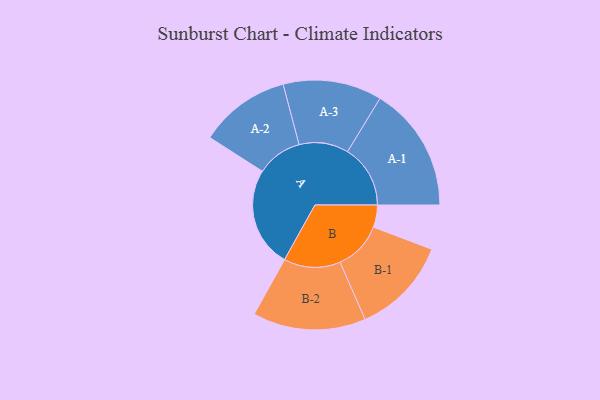
{"axis": {"x": "Segment", "y": "Value"}, "legend": ["", "A", "B"], "data": [{"x": "A", "y": 464, "type": ""}, {"x": "B", "y": 103, "type": ""}, {"x": "A-1", "y": 291, "type": "A"}, {"x": "A-2", "y": 211, "type": "A"}, {"x": "A-3", "y": 229, "type": "A"}, {"x": "B-1", "y": 226, "type": "B"}, {"x": "B-2", "y": 262, "type": "B"}]}